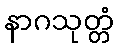
နာဂသုတ္တံ